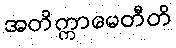
အတိက္ကာမေတီတိ